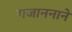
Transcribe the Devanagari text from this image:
गजाननाने